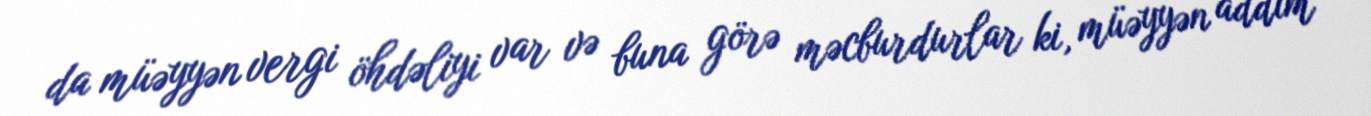
da müəyyən vergi öhdəliyi var və buna görə məcburdurlar ki, müəyyən addım